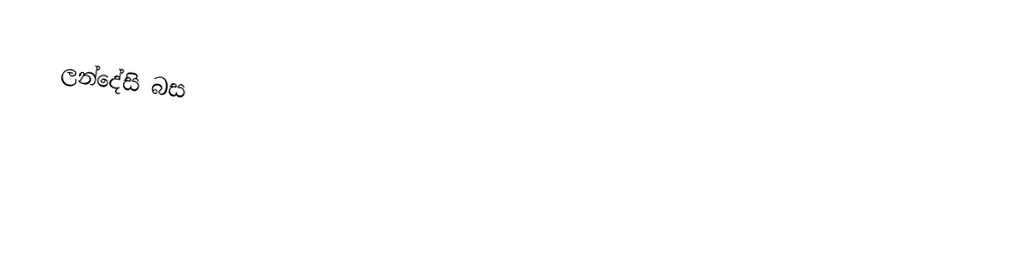
ලන්දේසි බස